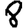
Digit: 8